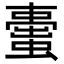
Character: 蟗